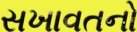
સખાવતનો